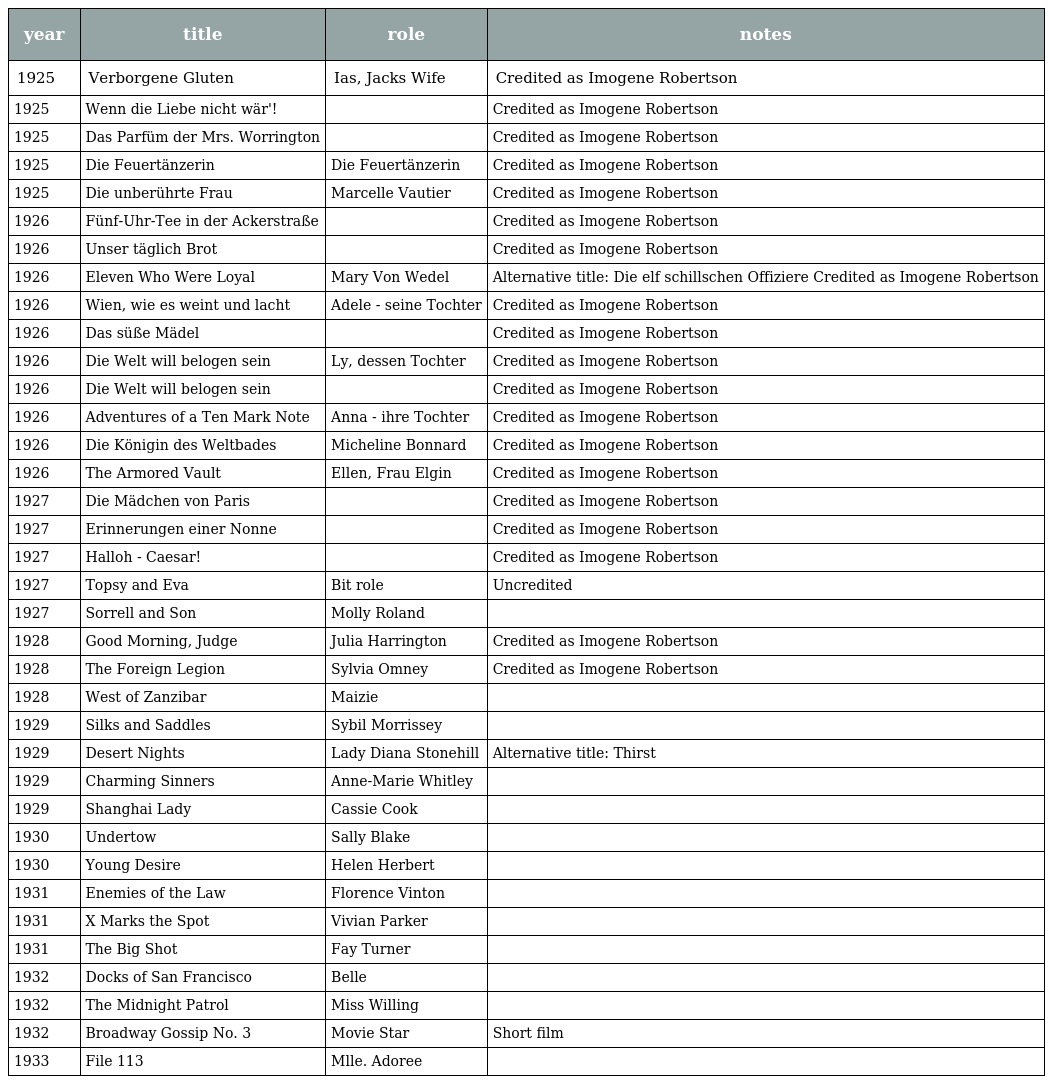
| year | title | role | notes |
 | --- | --- | --- | --- |
 | 1925 | Verborgene Gluten | Ias, Jacks Wife | Credited as Imogene Robertson |
 | 1925 | Wenn die Liebe nicht wär'! |  | Credited as Imogene Robertson |
 | 1925 | Das Parfüm der Mrs. Worrington |  | Credited as Imogene Robertson |
 | 1925 | Die Feuertänzerin | Die Feuertänzerin | Credited as Imogene Robertson |
 | 1925 | Die unberührte Frau | Marcelle Vautier | Credited as Imogene Robertson |
 | 1926 | Fünf-Uhr-Tee in der Ackerstraße |  | Credited as Imogene Robertson |
 | 1926 | Unser täglich Brot |  | Credited as Imogene Robertson |
 | 1926 | Eleven Who Were Loyal | Mary Von Wedel | Alternative title: Die elf schillschen Offiziere Credited as Imogene Robertson |
 | 1926 | Wien, wie es weint und lacht | Adele - seine Tochter | Credited as Imogene Robertson |
 | 1926 | Das süße Mädel |  | Credited as Imogene Robertson |
 | 1926 | Die Welt will belogen sein | Ly, dessen Tochter | Credited as Imogene Robertson |
 | 1926 | Die Welt will belogen sein |  | Credited as Imogene Robertson |
 | 1926 | Adventures of a Ten Mark Note | Anna - ihre Tochter | Credited as Imogene Robertson |
 | 1926 | Die Königin des Weltbades | Micheline Bonnard | Credited as Imogene Robertson |
 | 1926 | The Armored Vault | Ellen, Frau Elgin | Credited as Imogene Robertson |
 | 1927 | Die Mädchen von Paris |  | Credited as Imogene Robertson |
 | 1927 | Erinnerungen einer Nonne |  | Credited as Imogene Robertson |
 | 1927 | Halloh - Caesar! |  | Credited as Imogene Robertson |
 | 1927 | Topsy and Eva | Bit role | Uncredited |
 | 1927 | Sorrell and Son | Molly Roland |  |
 | 1928 | Good Morning, Judge | Julia Harrington | Credited as Imogene Robertson |
 | 1928 | The Foreign Legion | Sylvia Omney | Credited as Imogene Robertson |
 | 1928 | West of Zanzibar | Maizie |  |
 | 1929 | Silks and Saddles | Sybil Morrissey |  |
 | 1929 | Desert Nights | Lady Diana Stonehill | Alternative title: Thirst |
 | 1929 | Charming Sinners | Anne-Marie Whitley |  |
 | 1929 | Shanghai Lady | Cassie Cook |  |
 | 1930 | Undertow | Sally Blake |  |
 | 1930 | Young Desire | Helen Herbert |  |
 | 1931 | Enemies of the Law | Florence Vinton |  |
 | 1931 | X Marks the Spot | Vivian Parker |  |
 | 1931 | The Big Shot | Fay Turner |  |
 | 1932 | Docks of San Francisco | Belle |  |
 | 1932 | The Midnight Patrol | Miss Willing |  |
 | 1932 | Broadway Gossip No. 3 | Movie Star | Short film |
 | 1933 | File 113 | Mlle. Adoree |  |